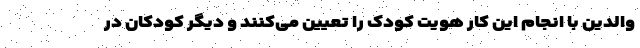
والدین با انجام این کار هویت کودک را تعیین می‌کنند و دیگر کودکان در